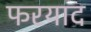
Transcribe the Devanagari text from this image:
फरयाद